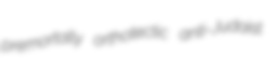
premortally orthotectic anti-Judaist